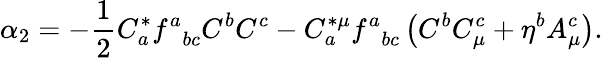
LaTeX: \alpha_{2}=-\frac{1}{2}C_{a}^{*}f_{\; \; bc}^{a}C^{b}C^{c}-C_{a}^{*\mu}f_{\; \; bc}^{a}\left(C^{b}C_{\mu}^{c}+\eta^{b}A_{\mu}^{c}\right).